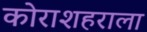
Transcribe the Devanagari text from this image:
कोराशहराला